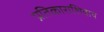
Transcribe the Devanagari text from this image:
प्रतिकाराशिवाय